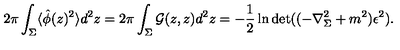
2 \pi \int _ { \Sigma } \langle \hat { \phi } ( z ) ^ { 2 } \rangle d ^ { 2 } z = 2 \pi \int _ { \Sigma } { \cal G } ( z , z ) d ^ { 2 } z = - \frac 1 2 \ln \det ( ( - \nabla _ { \Sigma } ^ { 2 } + m ^ { 2 } ) \epsilon ^ { 2 } ) .